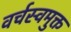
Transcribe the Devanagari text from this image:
वर्चस्वमुक्त